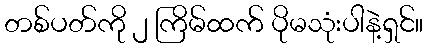
တစ်ပတ်ကို ၂ ကြိမ်ထက် ပိုမသုံးပါနဲ့ရှင်။